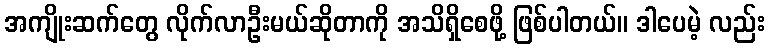
အကျိုးဆက်တွေ လိုက်လာဦးမယ်ဆိုတာကို အသိရှိစေဖို့ ဖြစ်ပါတယ်။ ဒါပေမဲ့ လည်း